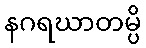
နဂရဃာတမ္ပိ